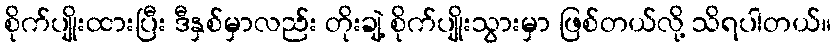
စိုက်ပျိုးထားပြီး ဒီနှစ်မှာလည်း တိုးချဲ့ စိုက်ပျိုးသွားမှာ ဖြစ်တယ်လို့ သိရပါတယ်။